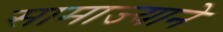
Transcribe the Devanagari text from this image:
सामाज्याने